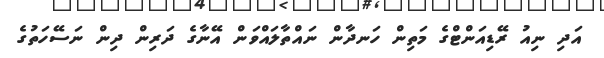
އަދި ނިއު ރޭޑިއަންޓްގެ މަތިން ހަނދާން ނައްތާލައްވަން އޭނާގެ ދަރިން ދިން ނަސޭހަތުގެ